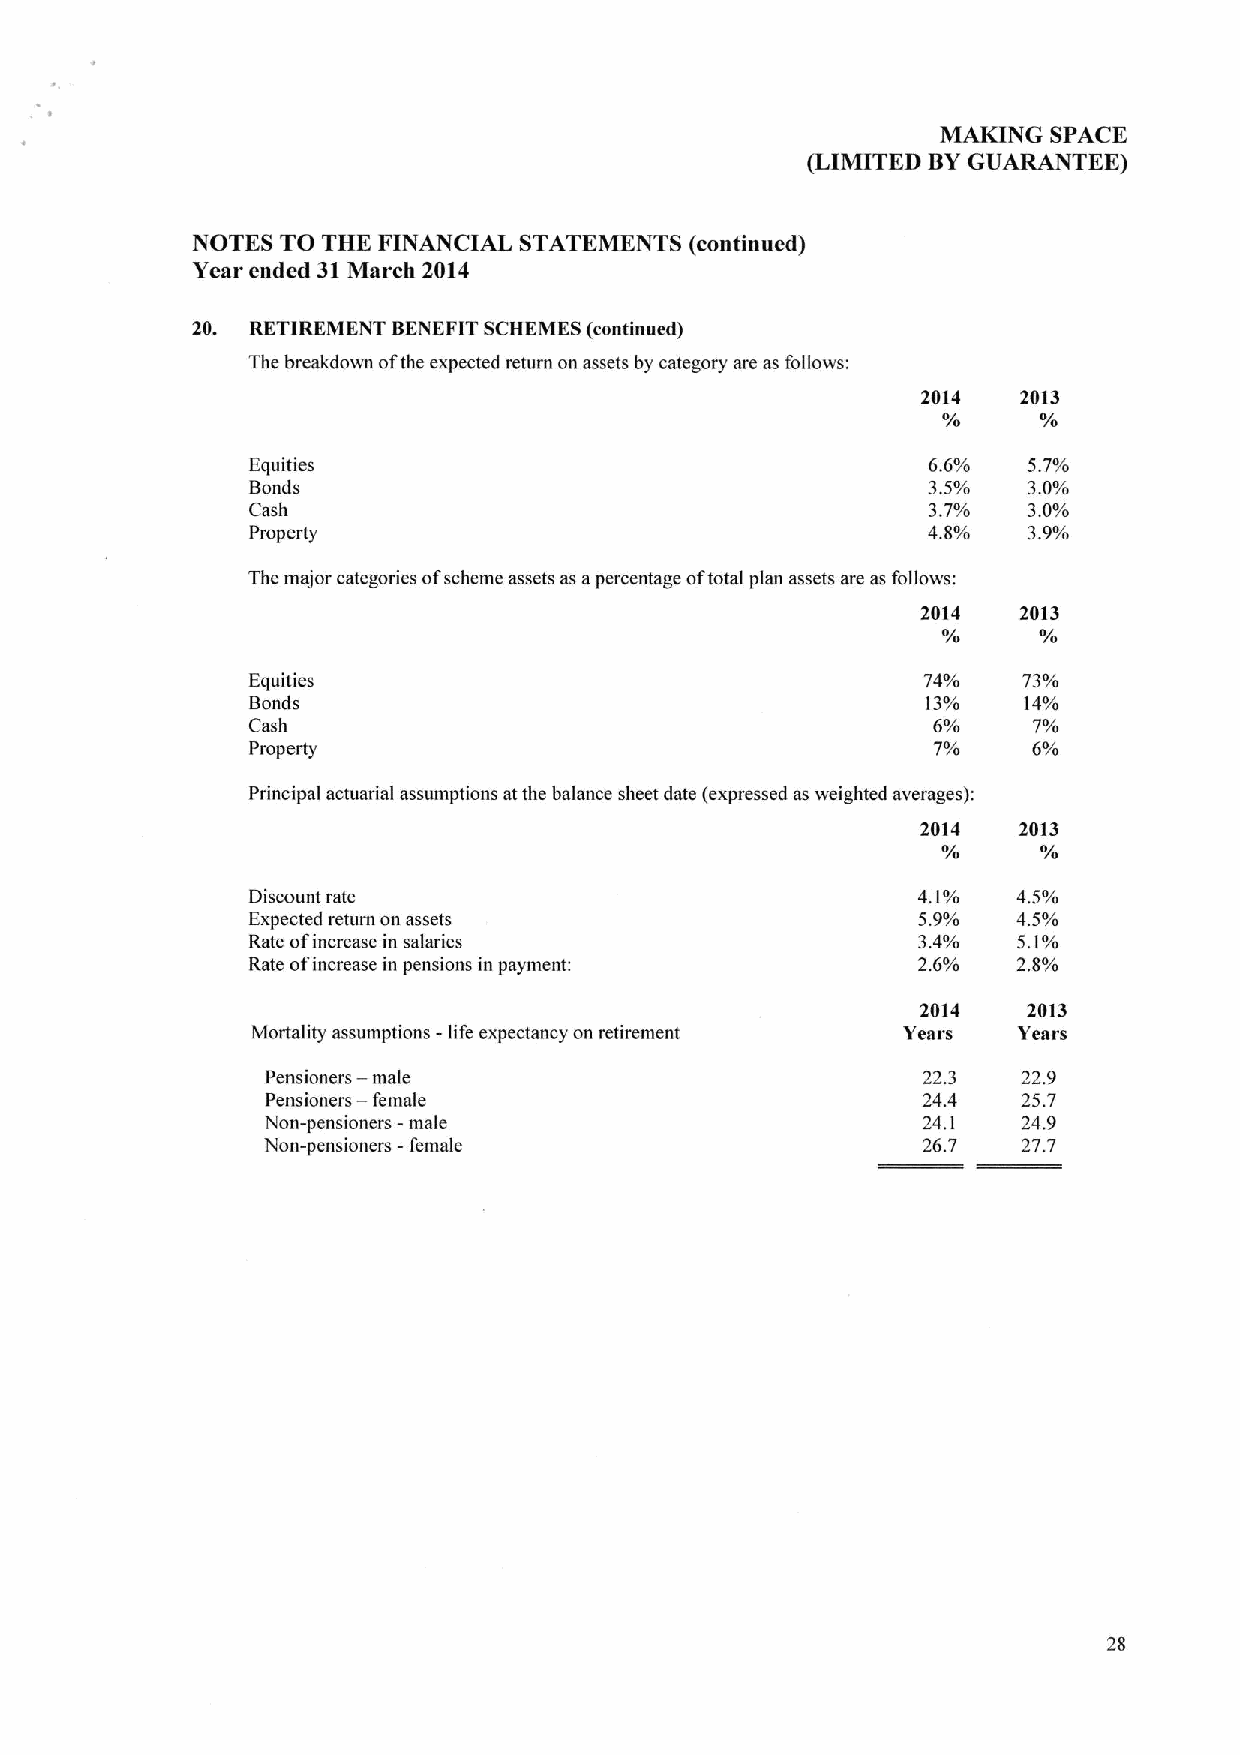
MAKING  SPACE
 (LIMITED BYGUARANTEE)
 NOTES TO THE FINANCIAL STATEMENTS (continued)
 Year ended 31March 2014
 20. RETIREMENT BENEFIT SCHEMES (continued)
 The breakdown ofthe expected return on assets by category are as follows:
 2014   2013
 Equities                                     6.6%   5.7%
 Bonds                                        3.5%   3.0%
 Cash                                         3.7%   3.0%
 Property                                     4.8%   3.9%
 The major categories ofscheme assets as apercentage oftotal plan assets are as follows:
 2014   2013
 '/o    s/o
 Equities                                     74%    73%
 Bonds                                        13%    14%
 Cash                                          6%    7%
 Property                                      7%    6%
 Principal actuarial assumptions at the balance sheet date (expressed as weighted averages):
 2014  2013
 Discount rate                                4.1%  4.5%
 Expected return on assets                    5.9%  4.5%
 Rate ofincrease in salaries                  3.4%  5.1%
 Rate ofincrease in pensions in payment:      2.6%  2.8%
 2014   2013
 Mortality assumptions -life expectancy on retirement Years Years
 Pensioners — male                          22.3   22.9
 Pensioners — female                        24.4   25.7
 Non-pensioners -male                        24. 1  24.9
 Non-pensioners -female                      26.7   27.7
 28